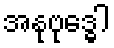
အနုဗုဒ္ဓေါ